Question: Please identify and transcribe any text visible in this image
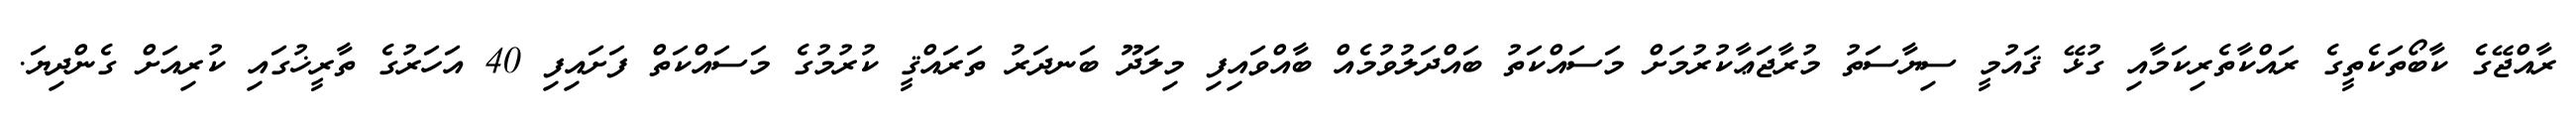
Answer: ރާއްޖޭގެ ކާބޯތަކެތީގެ ރައްކާތެރިކަމާއި ގުޅޭ ޤައުމީ ސިޔާސަތު މުރާޖަޢާކުރުމަށް މަސައްކަތު ބައްދަލުވުމެއް ބާއްވައިފި މިލަދޫ ބަނދަރު ތަރައްޤީ ކުރުމުގެ މަސައްކަތް ފަށައިފި 40 އަހަރުގެ ތާރީޚުގައި ކުރިއަށް ގެންދިޔަ.